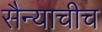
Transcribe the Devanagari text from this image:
सैन्याचीच